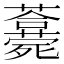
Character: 𣩾